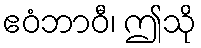
ဧဝံဘာဝီ၊ ဤသို